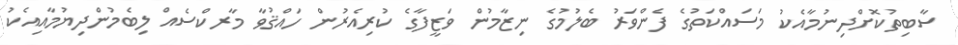
ސާބިތުކޮށްދިނުމާއެކު މަސައްކަތުގެ ފެންވަރު ބެލުމުގެ ނިޒާމުން ވަޒީފާގެ ކުރިއެރުން ހައްޤުވާ މާރކްސެއް ލިބެމުންދިޔުމާއިއެކު